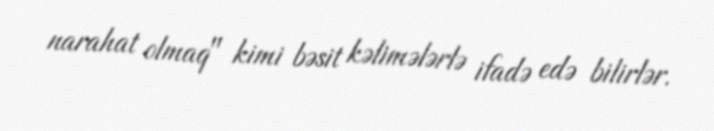
narahat olmaq" kimi bəsit kəlimələrlə ifadə edə bilirlər.